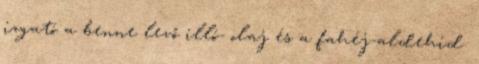
izgató a benne levő illó- olaj és a fahéj-aldehid.